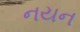
નયન